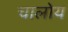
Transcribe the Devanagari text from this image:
चालोय